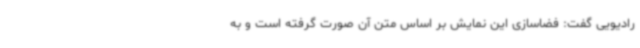
رادیویی گفت: فضاسازی این نمایش بر اساس متن آن صورت گرفته است و به